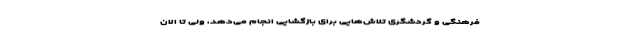
فرهنگی و گردشگری تلاش‌هایی برای بازگشایی انجام می‌دهد، ولی تا الان